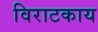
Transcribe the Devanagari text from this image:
विराटकाय